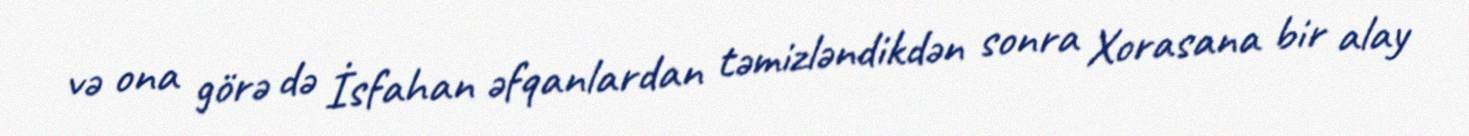
və ona görə də İsfahan əfqanlardan təmizləndikdən sonra Xorasana bir alay